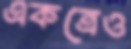
একত্রেও